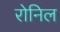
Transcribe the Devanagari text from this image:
रोनिल